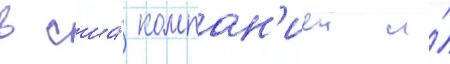
в сша́ компан'иеи и́